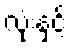
လုံးနှင့်